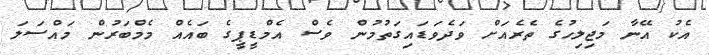
އެކު އޭނާ މަޖިލިހުގެ ތެރެއަށް ވަދެވަޑައިގަތުމުން ވެސް އެމްޑީޕީގެ ބައެއް މެމްބަރުން މައްސަލަ